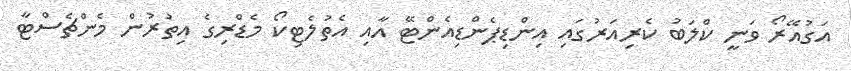
އަގުއޭރޯ ވަނީ ކްލަބު ކެރިއަރުގައި އިންޑިޕެންޑިއެންޓޭ އާއި އެތުލެޓިކޯ މެޑްރިގެ އިތުރުން މެންޗެސްޓާ